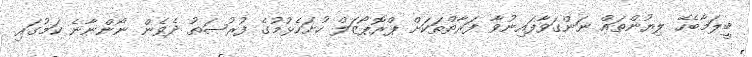
ބީލަމާބެހޭ ލިޔުންތައް ނަންގަވާފައިނުވާ ފަރާތްތަކަށް ޕްރޮޕޯޒަލް ހުށަހެޅުމުގެ ފުރުޞަތު ދެވެން ނޯންނާނެ ކަމުގައި